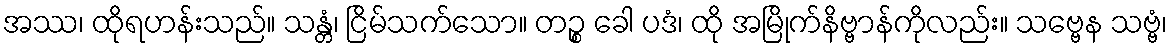
အဿ၊ ထိုရဟန်းသည်။ သန္တံ၊ ငြိမ်သက်သော။ တဉ္စ ခေါ ပဒံ၊ ထို အမြိုက်နိဗ္ဗာန်ကိုလည်း။ သဗ္ဗေန သဗ္ဗံ၊